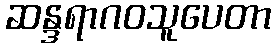
ဆန္ဒရာဂဝသူပေတာ